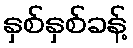
နှစ်နှစ်ခန့်